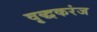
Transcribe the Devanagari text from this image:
वृद्धकरंज